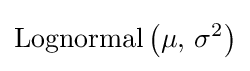
\operatorname {Lognormal} \left(\mu ,\,\sigma ^{2}\right)